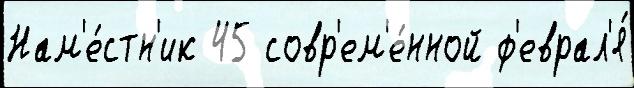
Нам'е́стн'ик 45 совр'ем'е́нной ф'еврал'я́